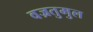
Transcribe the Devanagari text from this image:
वज्रतुमुल